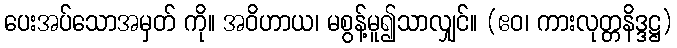
ပေးအပ်သောအမှတ် ကို။ အဝိဟာယ၊ မစွန့်မူ၍သာလျှင်။ (ဧဝ၊ ကားလုတ္တနိဒ္ဒဋ္ဌ)